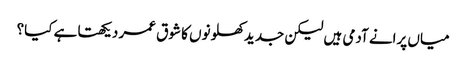
میاں پرانے آدمی ہیں لیکن جدید کھلونوں کا شوق عمر دیکھتا ہے کیا؟